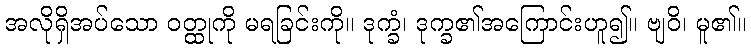
အလိုရှိအပ်သော ဝတ္ထုကို မရခြင်းကို။ ဒုက္ခံ၊ ဒုက္ခ၏အကြောင်းဟူ၍။ ဗျဝိ၊ မူ၏။